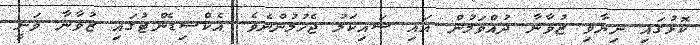
ކޮޅުުގައި ނިޔާވި ޒުވާނާ ދުއްވަމުން އައި ސައިކަލު ޖެހުމުންނެވެ. އެކްސިޑެންޓުގައި ޒުވާނާ ވަނީ